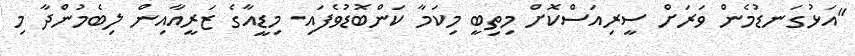
"އަޅުގަނޑުމެން ވަރަށް ސީރިއަސްކޮށް މިތިބީ މިކަމާ ކަންބޮޑުވެފައި. މިޑީއާގެ ޒަރީއާއިން ލިބެމުންދާ މި